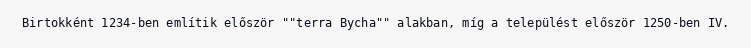
Birtokként 1234-ben említik először ""terra Bycha"" alakban, míg a települést először 1250-ben IV.